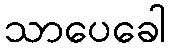
သာပေခေါ